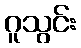
ဂူသွင်း